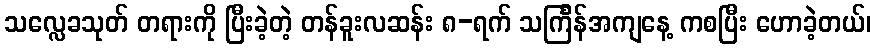
သလ္လေခသုတ် တရားကို ပြီးခဲ့တဲ့ တန်ခူးလဆန်း ၈-ရက် သင်္ကြန်အကျနေ့ ကစပြီး ဟောခဲ့တယ်၊